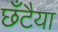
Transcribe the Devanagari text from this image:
छँटैया